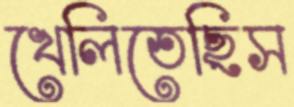
খেলিতেছিস